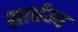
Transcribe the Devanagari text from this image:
सार्धम्य